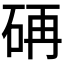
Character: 𮵏